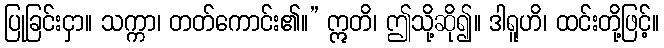
ပြုခြင်းငှာ။ သက္ကာ၊ တတ်ကောင်း၏။” ဣတိ၊ ဤသို့ဆို၍။ ဒါရူဟိ၊ ထင်းတို့ဖြင့်။